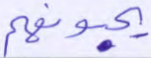
يحبونهم